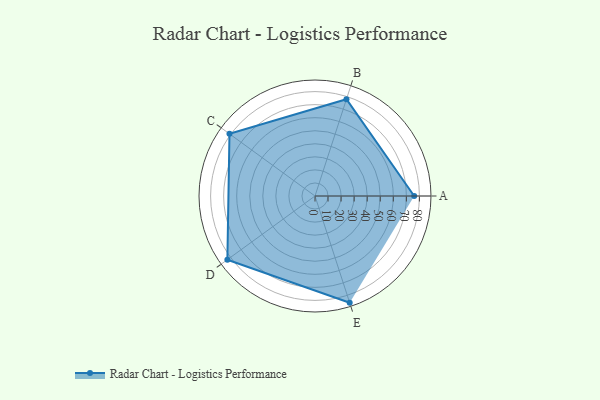
{"axis": {"x": "Skill", "y": "Score"}, "legend": ["Profile"], "data": [{"x": "A", "y": 76.0, "type": "Profile"}, {"x": "B", "y": 78.0, "type": "Profile"}, {"x": "C", "y": 81.0, "type": "Profile"}, {"x": "D", "y": 83.0, "type": "Profile"}, {"x": "E", "y": 86.0, "type": "Profile"}]}